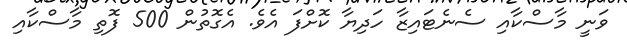
ވަނީ މާސްކާއި ސެނެޓައިޒާ ހަދިޔާ ކޮށްފަ އެވެ. އެގޮތުން 500 ފޮތި މާސްކާއި